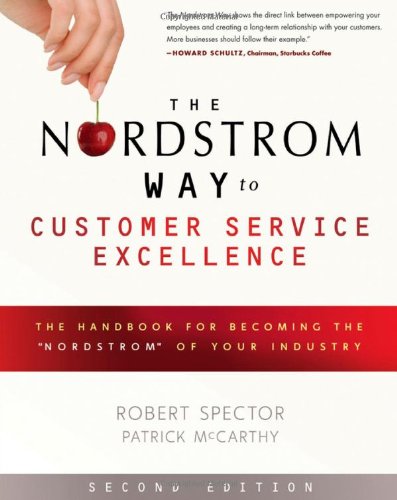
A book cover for The Nordstrom Way to Customer Service Excellence: The Handbook For Becoming the "Nordstrom" of Your Industry; Robert Spector; Business & Money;